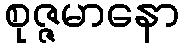
စုဇ္ဇမာနော